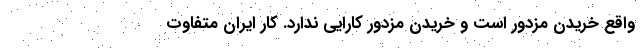
واقع خريدن مزدور است و خريدن مزدور كارايي ندارد. كار ايران متفاوت